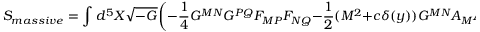
S _ { m a s s i v e } = \int d ^ { 5 } X \sqrt { - G } \biggl ( - \frac { 1 } { 4 } G ^ { M N } G ^ { P Q } F _ { M P } F _ { N Q } - \frac { 1 } { 2 } ( M ^ { 2 } + c \delta ( y ) ) G ^ { M N } A _ { M } A _ { N } \biggr ) ,